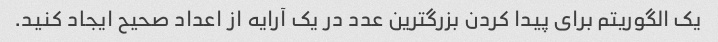
یک الگوریتم برای پیدا کردن بزرگترین عدد در یک آرایه از اعداد صحیح ایجاد کنید.